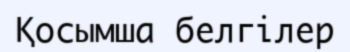
Қосымша белгілер